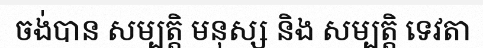
ចង់បាន សម្បត្តិ មនុស្ស និង សម្បត្តិ ទេវតា